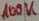
Text: 100K